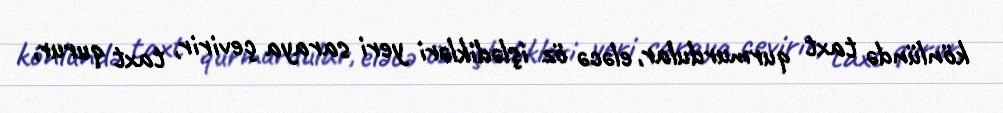
könlündə taxt qurmurdular, eləcə öz işlədikləri yeri saraya çevirir, taxt qurur,